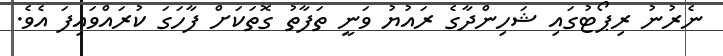
ނެރުނު ރިޕޯޓުގައި ޝަހިންދާގެ ރައުޔު ވަނީ ތަފާތު ގޮތަކަށް ފާހަގަ ކުރައްވައިފަ އެވެ.